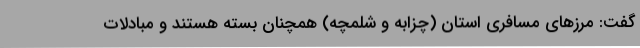
گفت: مرزهای مسافری استان (چزابه و شلمچه) همچنان بسته هستند و مبادلات